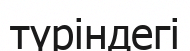
түріндегі